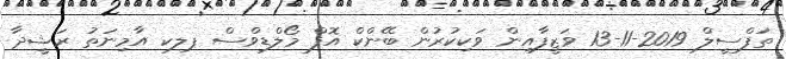
ތަފްސީލް 2019-11-13 ވަޒީފާއިން ވަކިކުރުން ބޭންކް އޮފް މޯލްޑިވްސް ޕލކ އާމިނަތު ރަޝީދާ